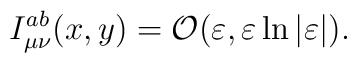
I_{\mu \nu }^{ab}(x,y)={\cal O}(\varepsilon ,\varepsilon \ln |\varepsilon|).